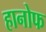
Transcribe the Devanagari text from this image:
हानोफ